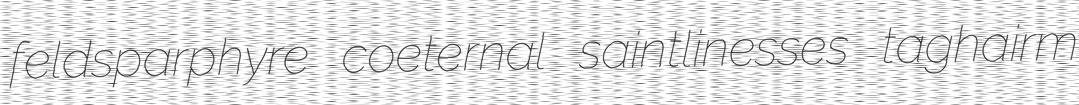
feldsparphyre coeternal saintlinesses taghairm